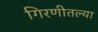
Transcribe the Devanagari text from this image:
गिरणीतल्या